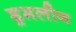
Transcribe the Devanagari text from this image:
ड्रमलीन